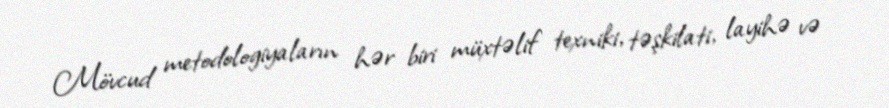
Mövcud metodologiyaların hər biri müxtəlif texniki, təşkilati, layihə və